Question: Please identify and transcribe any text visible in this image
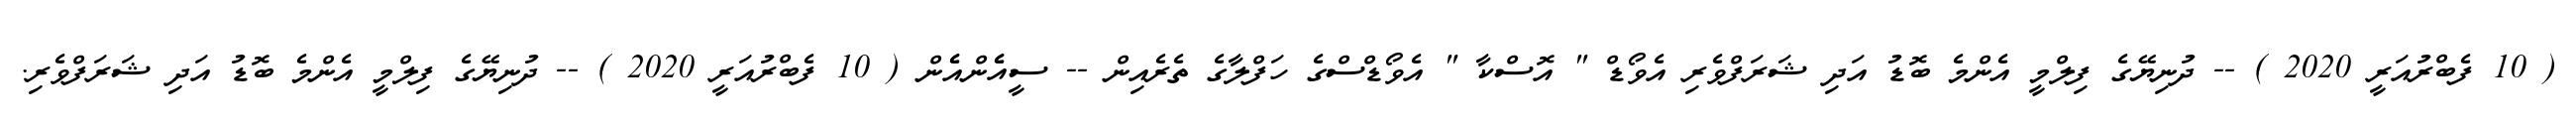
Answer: ( 10 ފެބްރުއަރީ 2020 ) -- ދުނިޔޭގެ ފިލްމީ އެންމެ ބޮޑު އަދި ޝަރަފްވެރި އެވޯޑް " އޮސްކާ " އެވޯޑްސްގެ ހަފްލާގެ ތެރެއިން -- ސީއެެންއެެން ( 10 ފެބްރުއަރީ 2020 ) -- ދުނިޔޭގެ ފިލްމީ އެންމެ ބޮޑު އަދި ޝަރަފްވެރި.